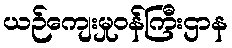
ယဉ်ကျေးမှုဝန်ကြီးဌာန